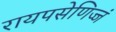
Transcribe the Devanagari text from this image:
रायपसेणिज्जं